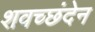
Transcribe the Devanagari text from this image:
शवच्छंदेन